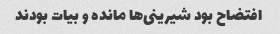
افتضاح بود شیرینی‌ها مانده و بیات بودند